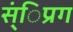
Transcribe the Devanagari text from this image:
स्ंिप्रग